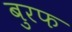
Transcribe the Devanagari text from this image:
बुरफ